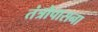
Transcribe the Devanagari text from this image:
तंत्रोपासना